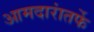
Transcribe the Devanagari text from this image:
आमदारांतर्फे